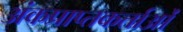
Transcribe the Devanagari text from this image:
अंकप्राप्तकर्ताओं